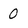
Character: 0